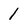
Character: 1